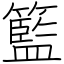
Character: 籃